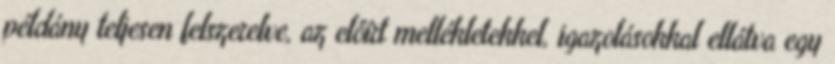
példány teljesen felszerelve, az előírt mellékletekkel, igazolásokkal ellátva egy